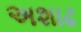
અશાઢ